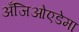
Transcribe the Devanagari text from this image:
अँजिओएडेमा